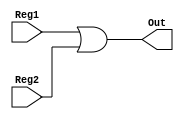
module BIT_OR (Reg1, Reg2, Out);

input [15:0] Reg1, Reg2;
output [15:0] Out;

assign Out = Reg1 | Reg2;

endmodule